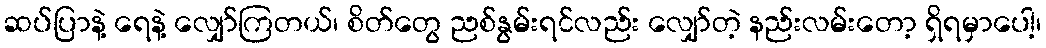
ဆပ်ပြာနဲ့ ရေနဲ့ လျှော်ကြတယ်၊ စိတ်တွေ ညစ်နွမ်းရင်လည်း လျှော်တဲ့ နည်းလမ်းတော့ ရှိရမှာပေါ့၊